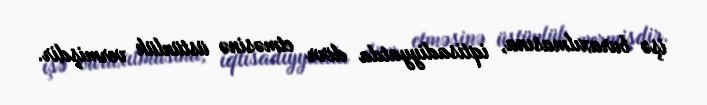
işə buraxılmasına, iqtisadiyyatda dövr etməsinə üstünlük vermişdir.